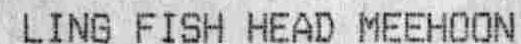
LING FISH HEAD MEEHOON